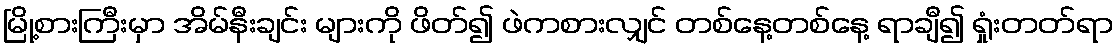
မြို့စားကြီးမှာ အိမ်နီးချင်း များကို ဖိတ်၍ ဖဲကစားလျှင် တစ်နေ့တစ်နေ့ ရာချီ၍ ရှုံးတတ်ရာ